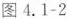
图4.1-2